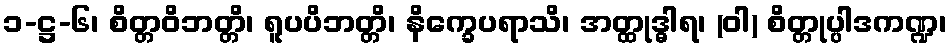
၁-ဋ္ဌ-၆၊ စိတ္တဝိဘတ္တိ၊ ရူပပိဘတ္တိ၊ နိက္ခေပရာသိ၊ အတ္ထုဒ္ဓါရ၊ (ဝါ) စိတ္တုပ္ပါဒကဏ္ဍ၊